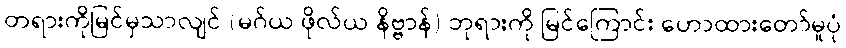
တရားကိုမြင်မှသာလျင် (မဂ်ယ ဖိုလ်ယ နိဗ္ဗာန်) ဘုရားကို မြင်ကြောင်း ဟောထားတော်မူပုံ